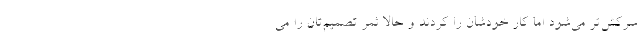
سرکش‌تر می‌شود اما کار خودشان را کردند و حالا ثمر تصمیم‌تان را می